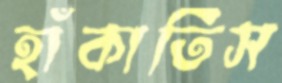
হাঁকাতিস